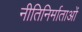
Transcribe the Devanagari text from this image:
नीतिनिर्माताओं